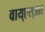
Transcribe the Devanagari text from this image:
वाय्‌एस्‌आर